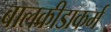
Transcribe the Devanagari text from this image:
बालक्रीडाकर्म